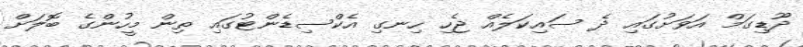
ދޫޑިގަމް އަވަށުގައި ދެ ސައިކަލެއް ޖެހި ހިނގި އެކްސިޑެންޓުގައި ތިން މީހުންގެ ބޮލަށް